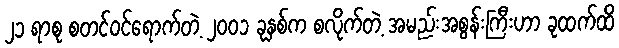
၂၁ ရာစု စတင်ဝင်ရောက်တဲ့ ၂၀၀၁ ခုနှစ်က စလိုက်တဲ့ အမည်းအစွန်းကြီးဟာ ခုထက်ထိ